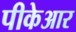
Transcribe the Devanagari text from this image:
पीकेआर